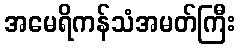
အမေရိကန်သံအမတ်ကြီး